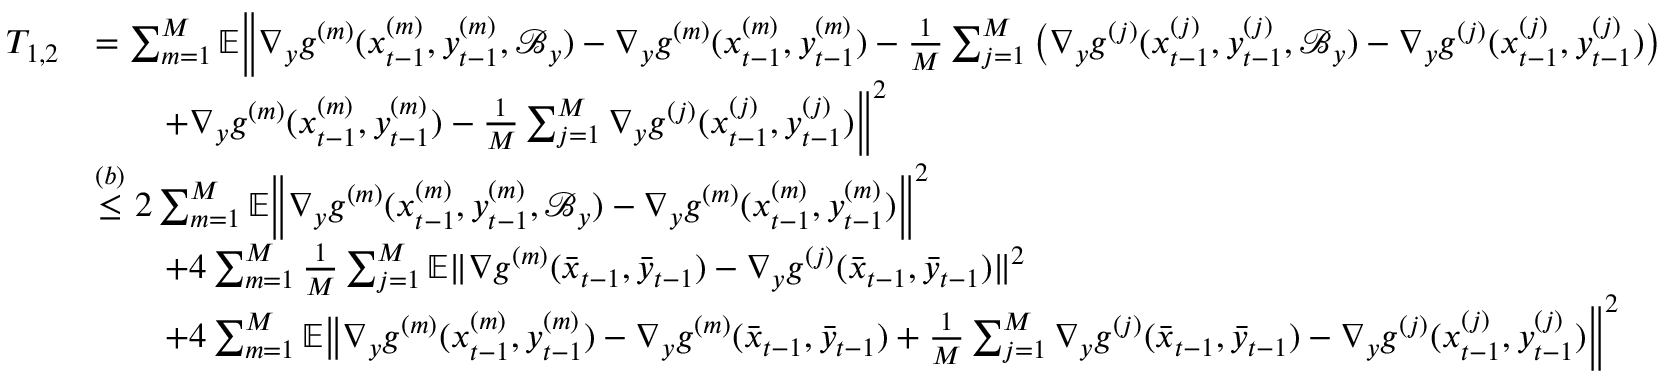
\begin{array} { r l } { T _ { 1 , 2 } } & { = \sum _ { m = 1 } ^ { M } \mathbb { E } \bigg \| \nabla _ { y } g ^ { ( m ) } ( x _ { t - 1 } ^ { ( m ) } , y _ { t - 1 } ^ { ( m ) } , \mathcal { B } _ { y } ) - \nabla _ { y } g ^ { ( m ) } ( x _ { t - 1 } ^ { ( m ) } , y _ { t - 1 } ^ { ( m ) } ) - \frac { 1 } { M } \sum _ { j = 1 } ^ { M } \big ( \nabla _ { y } g ^ { ( j ) } ( x _ { t - 1 } ^ { ( j ) } , y _ { t - 1 } ^ { ( j ) } , \mathcal { B } _ { y } ) - \nabla _ { y } g ^ { ( j ) } ( x _ { t - 1 } ^ { ( j ) } , y _ { t - 1 } ^ { ( j ) } ) \big ) } \\ & { \qquad + \nabla _ { y } g ^ { ( m ) } ( x _ { t - 1 } ^ { ( m ) } , y _ { t - 1 } ^ { ( m ) } ) - \frac { 1 } { M } \sum _ { j = 1 } ^ { M } \nabla _ { y } g ^ { ( j ) } ( x _ { t - 1 } ^ { ( j ) } , y _ { t - 1 } ^ { ( j ) } ) \bigg \| ^ { 2 } } \\ & { \overset { ( b ) } { \leq } 2 \sum _ { m = 1 } ^ { M } \mathbb { E } \bigg \| \nabla _ { y } g ^ { ( m ) } ( x _ { t - 1 } ^ { ( m ) } , y _ { t - 1 } ^ { ( m ) } , \mathcal { B } _ { y } ) - \nabla _ { y } g ^ { ( m ) } ( x _ { t - 1 } ^ { ( m ) } , y _ { t - 1 } ^ { ( m ) } ) \bigg \| ^ { 2 } } \\ & { \qquad + 4 \sum _ { m = 1 } ^ { M } \frac { 1 } { M } \sum _ { j = 1 } ^ { M } \mathbb { E } \| \nabla g ^ { ( m ) } ( \bar { x } _ { t - 1 } , \bar { y } _ { t - 1 } ) - \nabla _ { y } g ^ { ( j ) } ( \bar { x } _ { t - 1 } , \bar { y } _ { t - 1 } ) \| ^ { 2 } } \\ & { \qquad + 4 \sum _ { m = 1 } ^ { M } \mathbb { E } \big \| \nabla _ { y } g ^ { ( m ) } ( x _ { t - 1 } ^ { ( m ) } , y _ { t - 1 } ^ { ( m ) } ) - \nabla _ { y } g ^ { ( m ) } ( \bar { x } _ { t - 1 } , \bar { y } _ { t - 1 } ) + \frac { 1 } { M } \sum _ { j = 1 } ^ { M } \nabla _ { y } g ^ { ( j ) } ( \bar { x } _ { t - 1 } , \bar { y } _ { t - 1 } ) - \nabla _ { y } g ^ { ( j ) } ( x _ { t - 1 } ^ { ( j ) } , y _ { t - 1 } ^ { ( j ) } ) \bigg \| ^ { 2 } } \end{array}